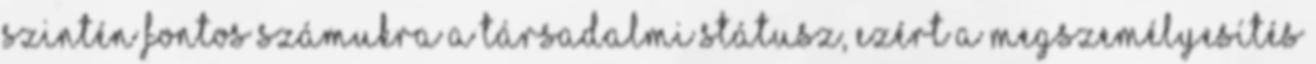
Szintén fontos számukra a társadalmi státusz, ezért a megszemélyesítés